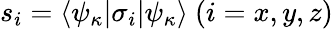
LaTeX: s_{i}=\langle\psi_{\kappa}|\sigma_{i}|\psi_{\kappa}\rangle~(i=x,y,z)